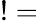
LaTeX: !=